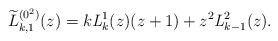
LaTeX: \begin{gather*} \widetilde{L}_{k,1}^{(0^{2})}(z) =k\mathit{L} _{k}^{1}(z) (z+1) +z^{2}\mathit{L}_{k-1}^{2}( z) .\end{gather*}